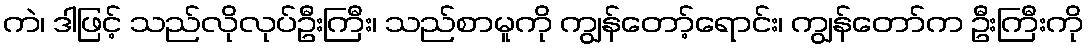
ကဲ၊ ဒါဖြင့် သည်လိုလုပ်ဦးကြီး၊ သည်စာမူကို ကျွန်တော့်ရောင်း၊ ကျွန်တော်က ဦးကြီးကို